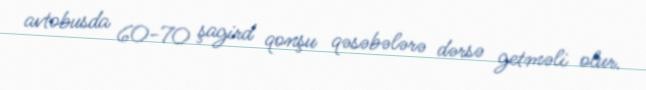
avtobusda 60-70 şagird qonşu qəsəbələrə dərsə getməli olur.